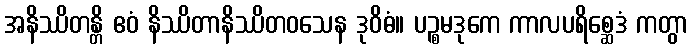
အနိဿိတန္တိ ဧဝံ နိဿိတာနိဿိတဝသေန ဒုဝိဓံ။ ပဉ္စမဒုကေ ကာလပရိစ္ဆေဒံ ကတွာ